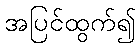
အပြင်ထွက်၍